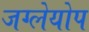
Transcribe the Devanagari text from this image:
जग्लेयोप